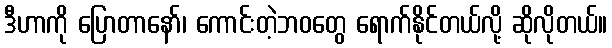
ဒီဟာကို ပြောတာနော်၊ ကောင်းတဲ့ဘဝတွေ ရောက်နိုင်တယ်လို့ ဆိုလိုတယ်။